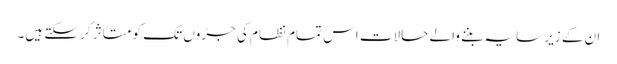
ان کے زیر سایہ بننے والے حالات اس تمام نظام کی جڑوں تک کو متاثر کر سکتے ہیں۔